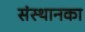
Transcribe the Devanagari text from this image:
संस्थानका